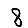
Digit: 8